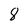
Character: 8